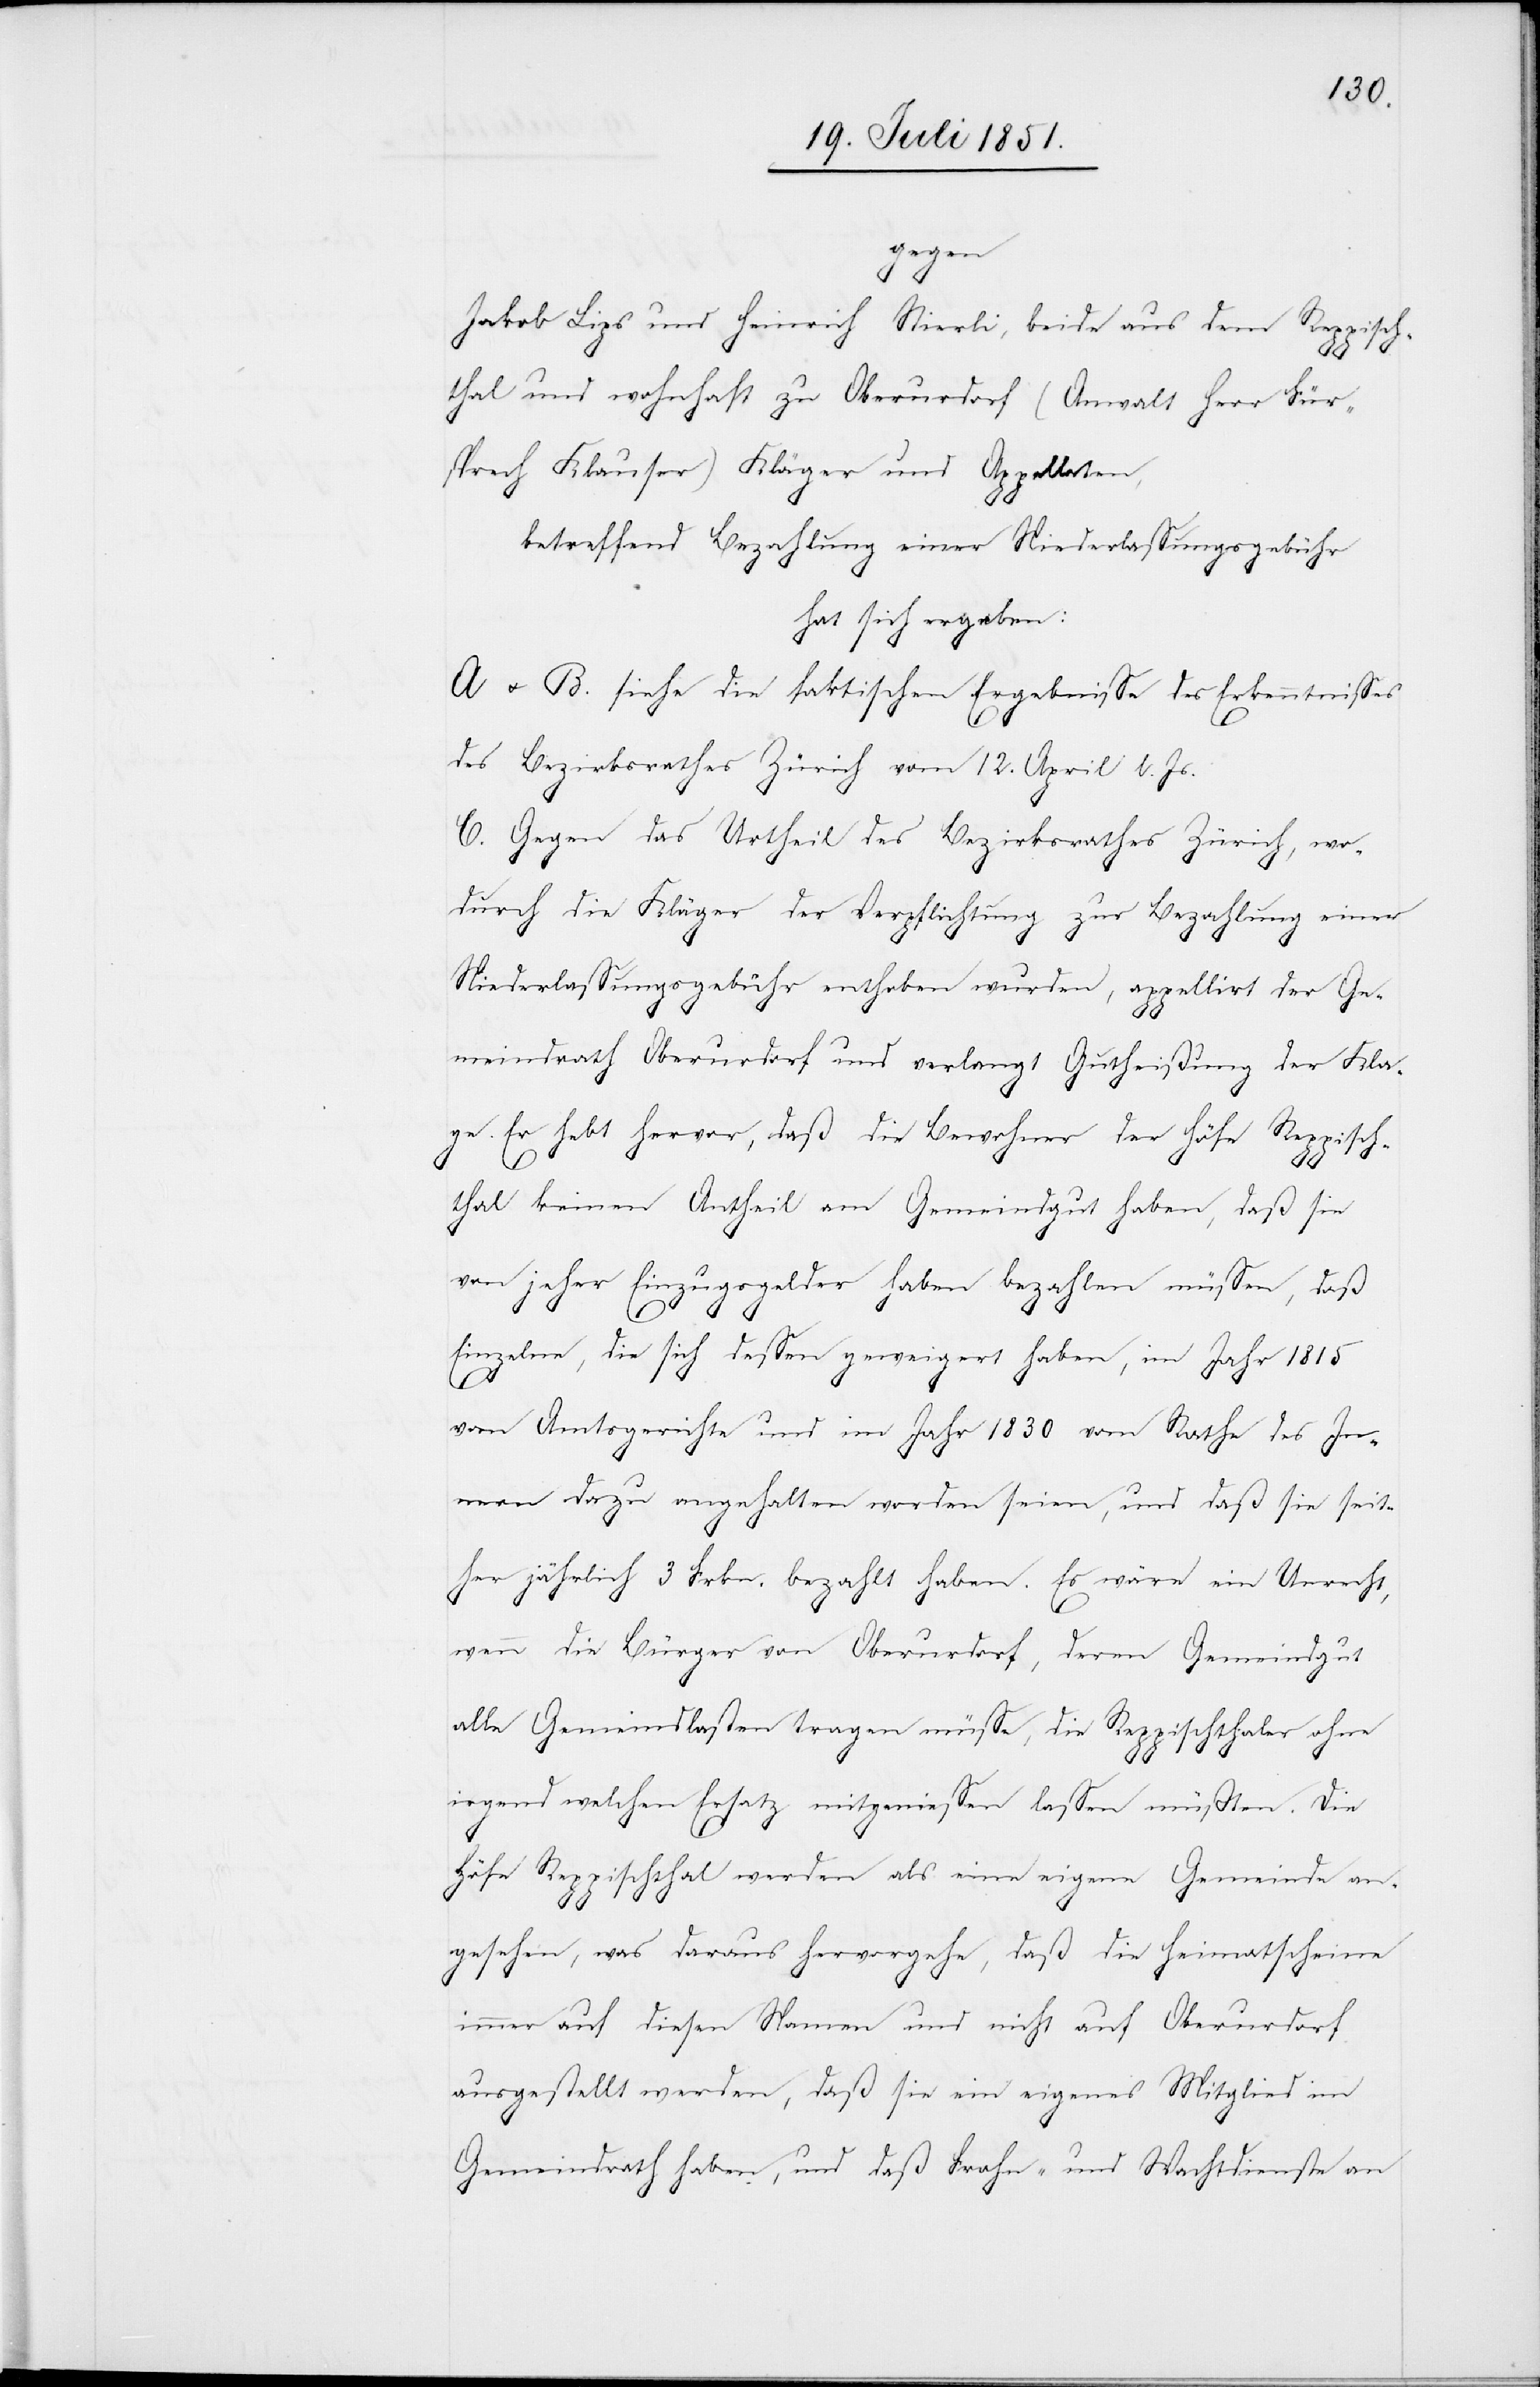
gegen
Jakob Lips und Heinrich Stierli, beide aus dem Reppisch¬
thal und wohnhaft zu Oberurdorf (Anwalt Herr Für¬
sprech Klauser) Kläger und Appellaten,
betreffend Bezahlung einer Niederlassungsgebühr
hat sich ergeben:
A & B. siehe die faktischen Ergebnisse des Erkenntnisses
des Bezirksrathes Zürich vom 12. April l. Js.
C. Gegen das Urtheil des Bezirksrathes Zürich, wo¬
durch die Kläger der Verpflichtung zur Bezahlung einer
Niederlassungsgebühr enthoben wurden, appellirt der Ge¬
meindrath Oberurdorf und verlangt Gutheißung der Kla¬
ge. Er hebt hervor, daß die Bewohner der Höfe Reppisch¬
thal keinen Antheil am Gemeindgut haben, daß sie
von jeher Einzugsgelder haben bezahlen müssen, daß
Einzelne, die sich dessen geweigert haben, im Jahr 1815
vom Amtsgerichte und im Jahr 1830 vom Rathe des In¬
nern dazu angehalten worden seien, und daß sie seit¬
her jährlich 3 Frkn. bezahlt haben. Es wäre ein Unrecht,
wenn die Bürger von Oberurdorf, deren Gemeindgut
alle Gemeindlasten tragen müsse, die Reppischthaler ohne
irgend welchen Ersatz mitgeniessen lassen müßten. Die
Höfe Reppischthal werden als eine eigene Gemeinde an¬
gesehen, was daraus hervorgehe, daß die Heimatscheine
immer auf diesen Namen und nicht auf Oberurdorf
ausgestellt werden, daß sie ein eigenes Mitglied im
Gemeindrath haben, und daß Frohn- und Wachtdienste an